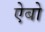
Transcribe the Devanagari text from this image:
ऐबो